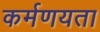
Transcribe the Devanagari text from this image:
कर्मणयता